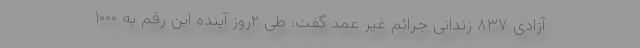
آزادی ۸۳۷ زندانی جرائم غیر عمد گفت: طی ۲روز آینده این رقم به ۱۰۰۰